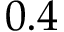
0 . 4